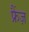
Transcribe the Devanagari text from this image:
फ्रैंज़